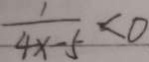
\frac { 1 } { 4 x - 5 } < 0